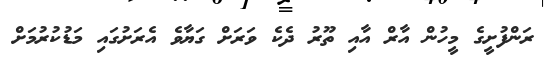
ރަންފުށީގެ މީހުން އާރް އާއި ތޫރު ދެކެ ވަރަށް ގަޔާވެ އެރަށުގައި މަޑުކުރުމަށް